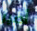
أصير